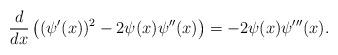
LaTeX: \begin{align*}\frac{d}{dx}\left((\psi'(x))^2-2\psi(x)\psi''(x)\right)=-2\psi(x)\psi'''(x).\end{align*}